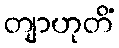
တျာဟုတိံ